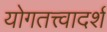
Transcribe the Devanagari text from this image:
योगतत्त्वादर्श